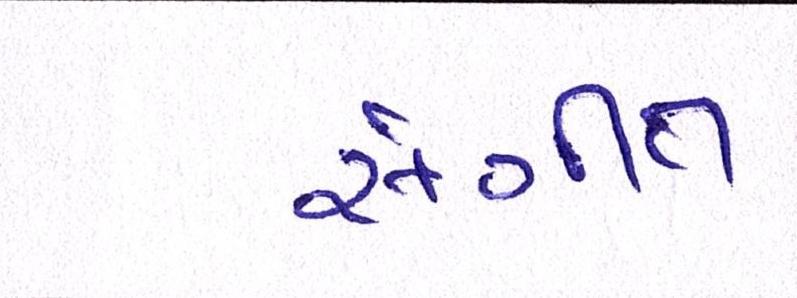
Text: સંગીત